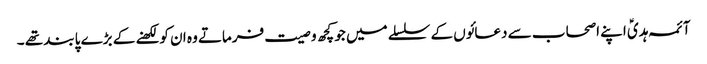
آئمہ ہدیؑ اپنے اصحاب سے دعائوں کے سلسلے میں جو کچھ و صیت فرماتے وہ ان کو لکھنے کے بڑے پابند تھے ۔